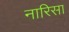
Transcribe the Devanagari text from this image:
नारिसा